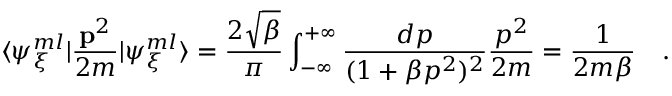
\langle \psi _ { { \xi } } ^ { m l } \vert \frac { { \bf { p } } ^ { 2 } } { 2 m } \vert \psi _ { { \xi } } ^ { m l } \rangle = \frac { 2 \sqrt { \beta } } { \pi } \int _ { - \infty } ^ { + \infty } \frac { d p } { ( 1 + \beta p ^ { 2 } ) ^ { 2 } } \frac { p ^ { 2 } } { 2 m } = \frac { 1 } { 2 m \beta } \quad .